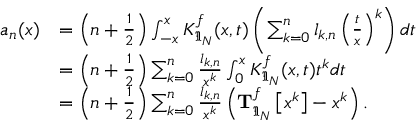
\begin{array} { r l } { a _ { n } ( x ) } & { = \left( n + \frac { 1 } { 2 } \right) \int _ { - x } ^ { x } K _ { \mathfrak { I } _ { N } } ^ { f } ( x , t ) \left( \sum _ { k = 0 } ^ { n } l _ { k , n } \left( \frac { t } { x } \right) ^ { k } \right) d t } \\ & { = \left( n + \frac { 1 } { 2 } \right) \sum _ { k = 0 } ^ { n } \frac { l _ { k , n } } { x ^ { k } } \int _ { 0 } ^ { x } K _ { \mathfrak { I } _ { N } } ^ { f } ( x , t ) t ^ { k } d t } \\ & { = \left( n + \frac { 1 } { 2 } \right) \sum _ { k = 0 } ^ { n } \frac { l _ { k , n } } { x ^ { k } } \left( \mathbf { T } _ { \mathfrak { I } _ { N } } ^ { f } \left[ x ^ { k } \right] - x ^ { k } \right) . } \end{array}